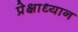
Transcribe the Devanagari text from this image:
प्रेक्षाध्यान